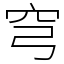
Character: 穹